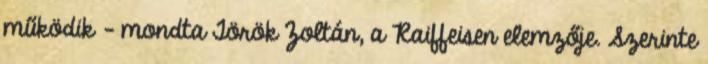
működik – mondta Török Zoltán, a Raiffeisen elemzője. Szerinte